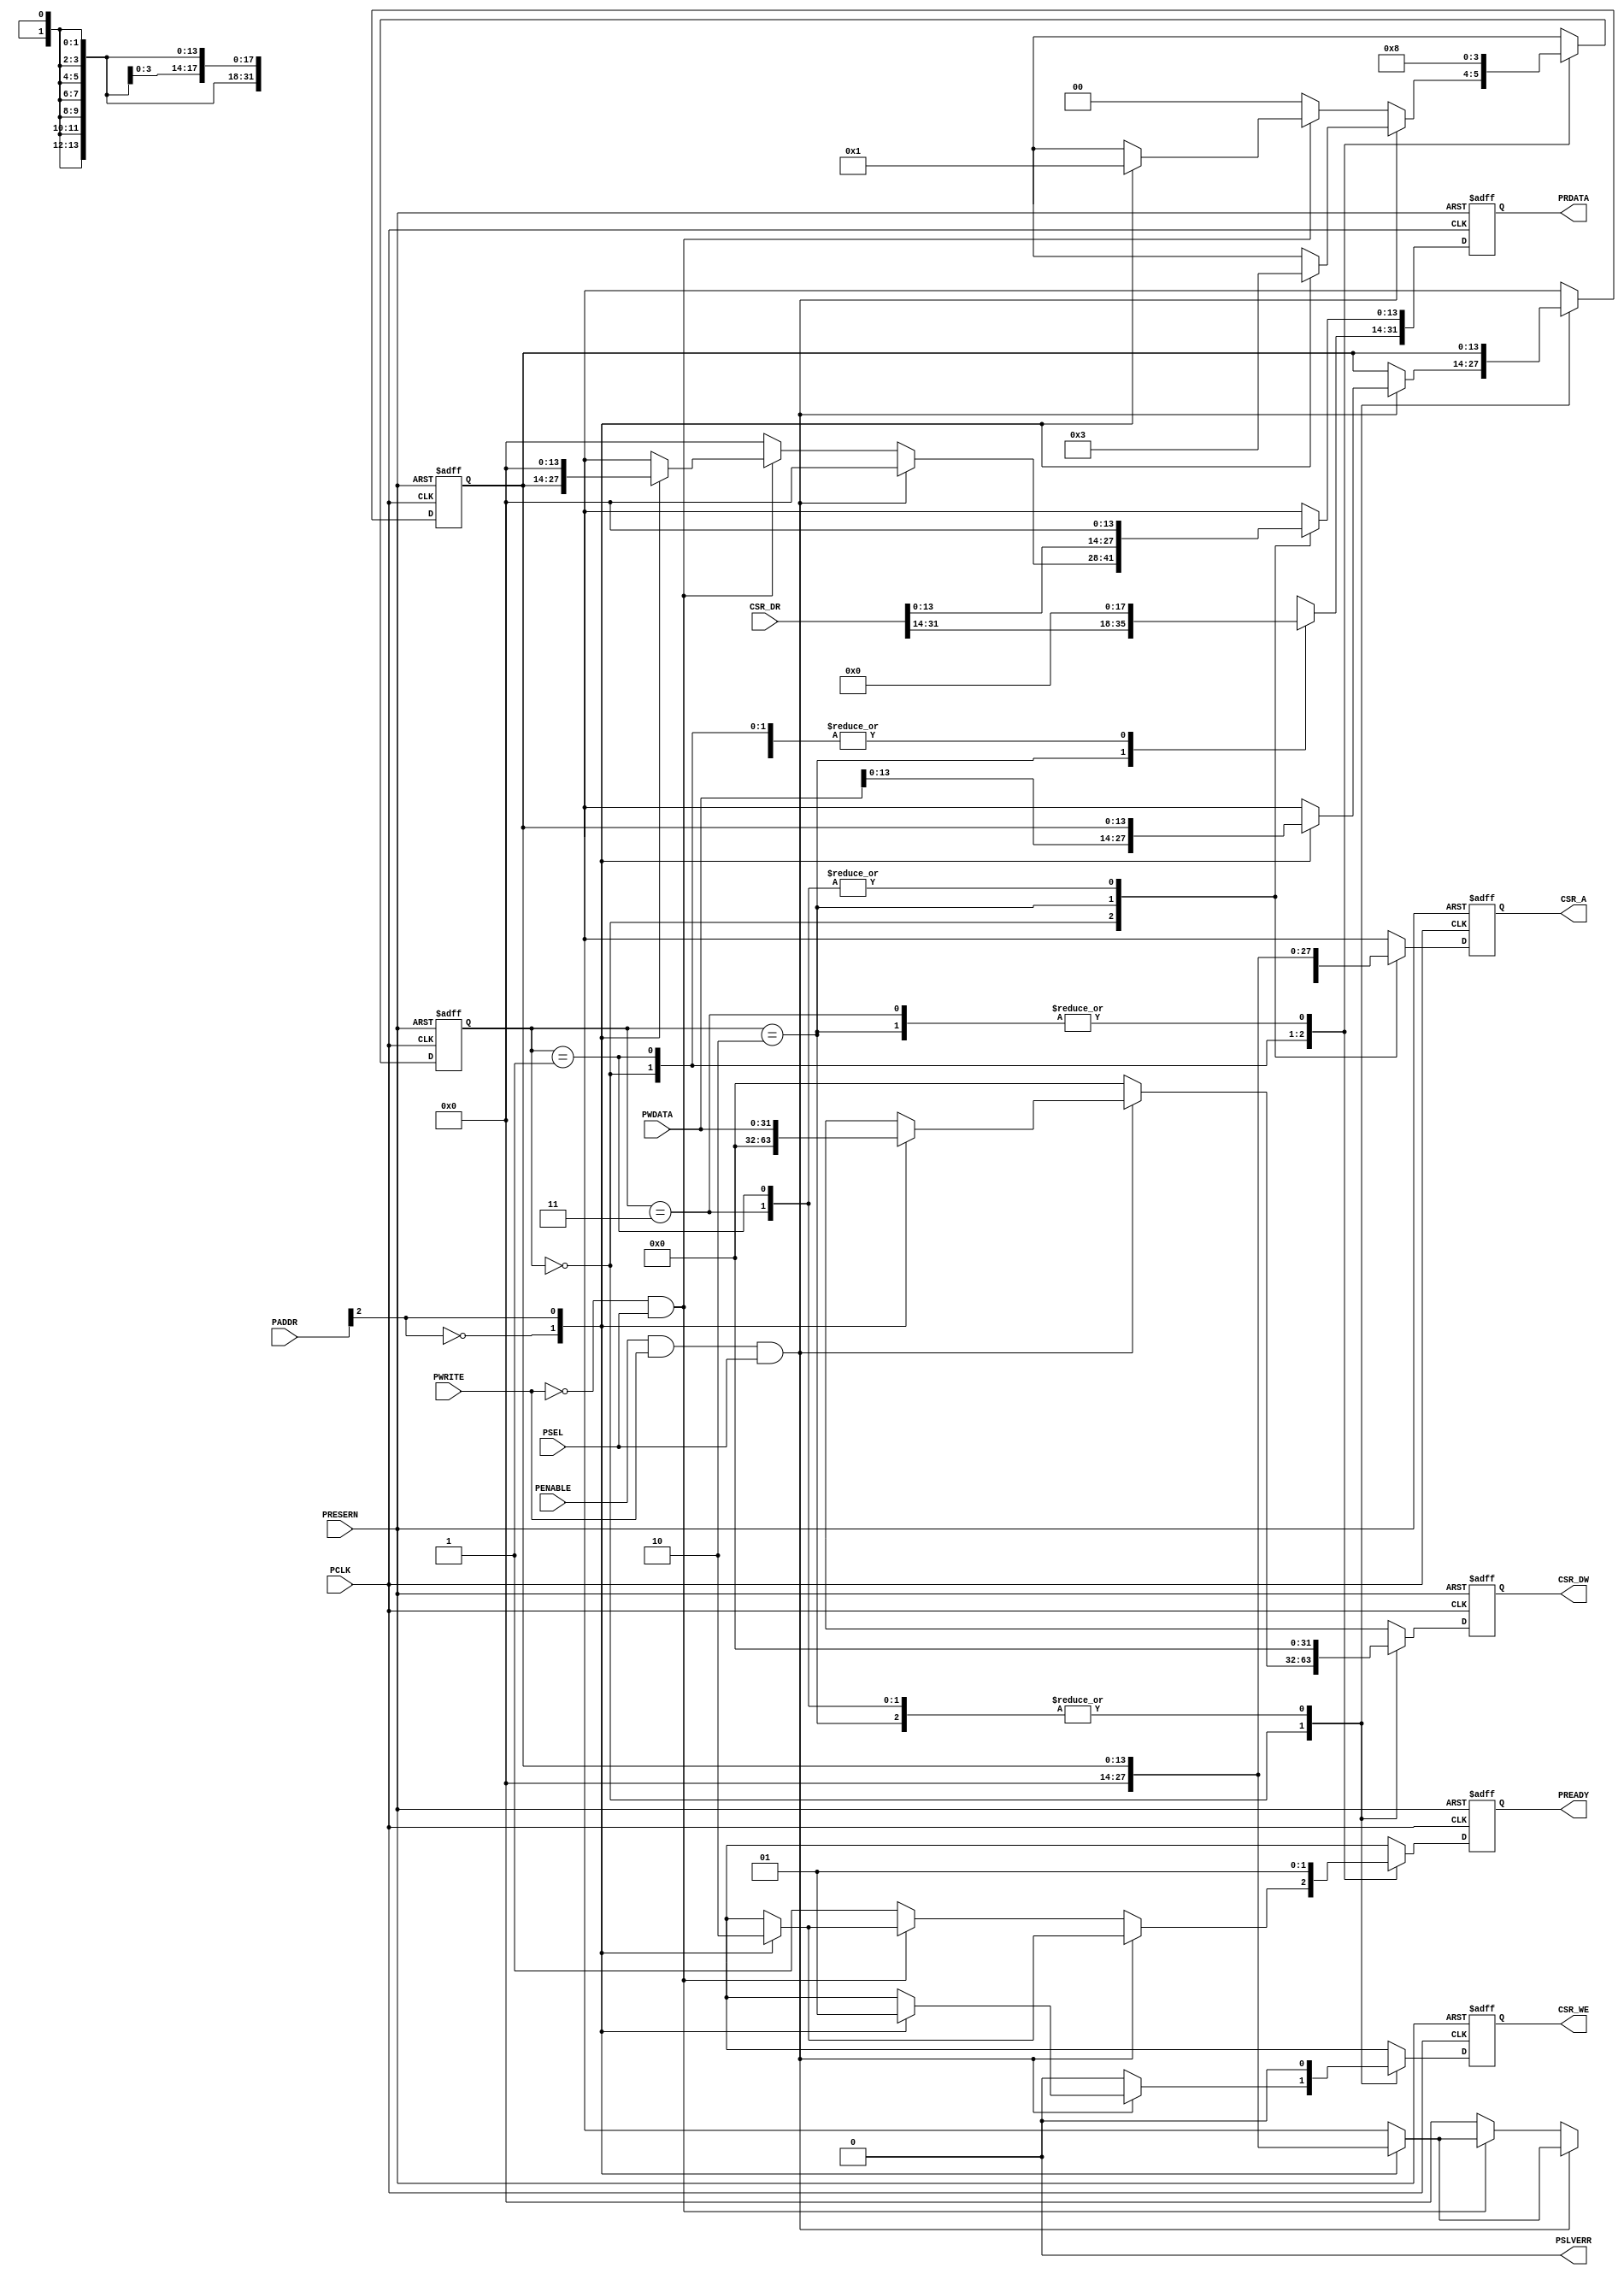
// apb_csr_bridge.v

// Bridge between an ARM APB3 master and a CSR slave.
// Uses an indirect addressing scheme.
// For complete docs, source, and additional info, see:
//   http://github.com/cdzombak/misc-hardware/apb3_csr_bridge-indirect

// Originally developed for a UMich EECS373 project:
//   < link TK >
// By Chris Dzombak
//   http://chris.dzombak.name
//   chris@chrisdzombak.net

module apb_csr_bridge(
  PCLK,
  PADDR,
  PENABLE,
  PSEL,
  PRESERN,
  PWRITE,
  PREADY,
  PSLVERR,
  PWDATA,
  PRDATA,
  CSR_A,
  CSR_WE,
  CSR_DW,
  CSR_DR
  );

input PCLK, PENABLE, PSEL, PRESERN, PWRITE;
input  [31:0] PADDR;
input  [31:0] PWDATA;
input  [31:0] CSR_DR;
output reg [31:0] PRDATA;
output reg [31:0] CSR_DW;
output reg [13:0] CSR_A;
output reg PREADY, CSR_WE;
output PSLVERR;

wire rd_enable;
wire wr_enable;

reg [13:0] addr;
reg [1:0]  state;

parameter IDLE  = 2'b00;
parameter READ1 = 2'b01;
parameter READ2 = 2'b10;
parameter WRITE = 2'b11;

assign wr_enable = (PENABLE && PWRITE && PSEL);
assign rd_enable = (!PWRITE && PSEL);
assign PSLVERR = 1'b0;

always @(posedge PCLK, negedge PRESERN) begin
	if (!PRESERN) begin
		// reset
		addr <= 13'b0;
		state <= IDLE;
		PRDATA <= 32'b0;
		CSR_DW <= 32'b0;
		CSR_A <= 32'b0;
		PREADY <= 1'b1;
		CSR_WE <= 1'b0;
	end else begin
		case (state)
			IDLE:
				if (wr_enable) begin
					case (PADDR[2])
						1'b0: begin
								// writing address. save address for future use, and we're ready to go.
								addr <= PWDATA[13:0];
								state <= IDLE;
								PRDATA <= 32'b0;
								CSR_DW <= 32'b0;
								CSR_A <= 32'b0;
								PREADY <= 1'b1;
								CSR_WE <= 1'b0;
							end
						1'b1: begin
								// writing data, so kick off write to CSR.
								CSR_A <= addr;
								CSR_DW <= PWDATA;
								CSR_WE <= 1'b1;
								state <= WRITE;
								PREADY <= 1'b0;
								PRDATA <= 32'b0;
								addr <= addr;
							end
					endcase
				end else if (rd_enable) begin
					case (PADDR[2])
						1'b0: begin
								// reading address register
								PRDATA[31:14] <= 18'b0;
								PRDATA[13:0]  <= addr;
								CSR_DW <= 32'b0;
								CSR_A <= 32'b0;
								PREADY <= 1'b1;
								CSR_WE <= 1'b0;
								state <= IDLE;
								addr <= addr;
							end
						1'b1: begin
								// reading data, so kick off read from CSR
								CSR_A <= addr;
								CSR_DW <= 32'b0;
								CSR_WE <= 1'b0;
								PREADY <= 1'b0;
								PRDATA <= 32'b0;
								state <= READ1;
								addr <= addr;
							end
					endcase
				end else begin
					// just idle
					addr <= addr;
					state <= IDLE;
					PRDATA <= 32'b0;
					CSR_DW <= 32'b0;
					CSR_A <= 32'b0;
					PREADY <= 1'b1;
					CSR_WE <= 1'b0;
				end
			READ1: begin
					// we just wrote address to the CSR bus, so it will have data ready next cycle
					CSR_A <= addr;
					CSR_DW <= 32'b0;
					CSR_WE <= 1'b0;
					PREADY <= 1'b0;
					PRDATA <= 32'b0;
					addr <= addr;
					state <= READ2;
				end
			READ2: begin
					// yay, CSR has data ready for us now
					PREADY <= 1'b1;
					PRDATA <= CSR_DR;
					CSR_A <= 32'b0;
					CSR_DW <= 32'b0;
					CSR_WE <= 1'b0;
					addr <= addr;
					state <= IDLE;
				end
			WRITE: begin
					// we just wait one cycle to give the CSR write time to complete
					CSR_WE <= 1'b0;
					PREADY <= 1'b1;
					PRDATA <= 32'b0;
					CSR_A <= addr;
					CSR_DW <= 32'b0;
					addr <= addr;
					state <= IDLE;
				end
			default: begin
					// reset
					addr <= 13'b0;
					state <= IDLE;
					PRDATA <= 32'b0;
					CSR_DW <= 32'b0;
					CSR_A <= 32'b0;
					PREADY <= 1'b1;
					CSR_WE <= 1'b0;
				end
		endcase
	end
end

endmodule